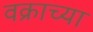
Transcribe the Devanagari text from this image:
वक्राच्या